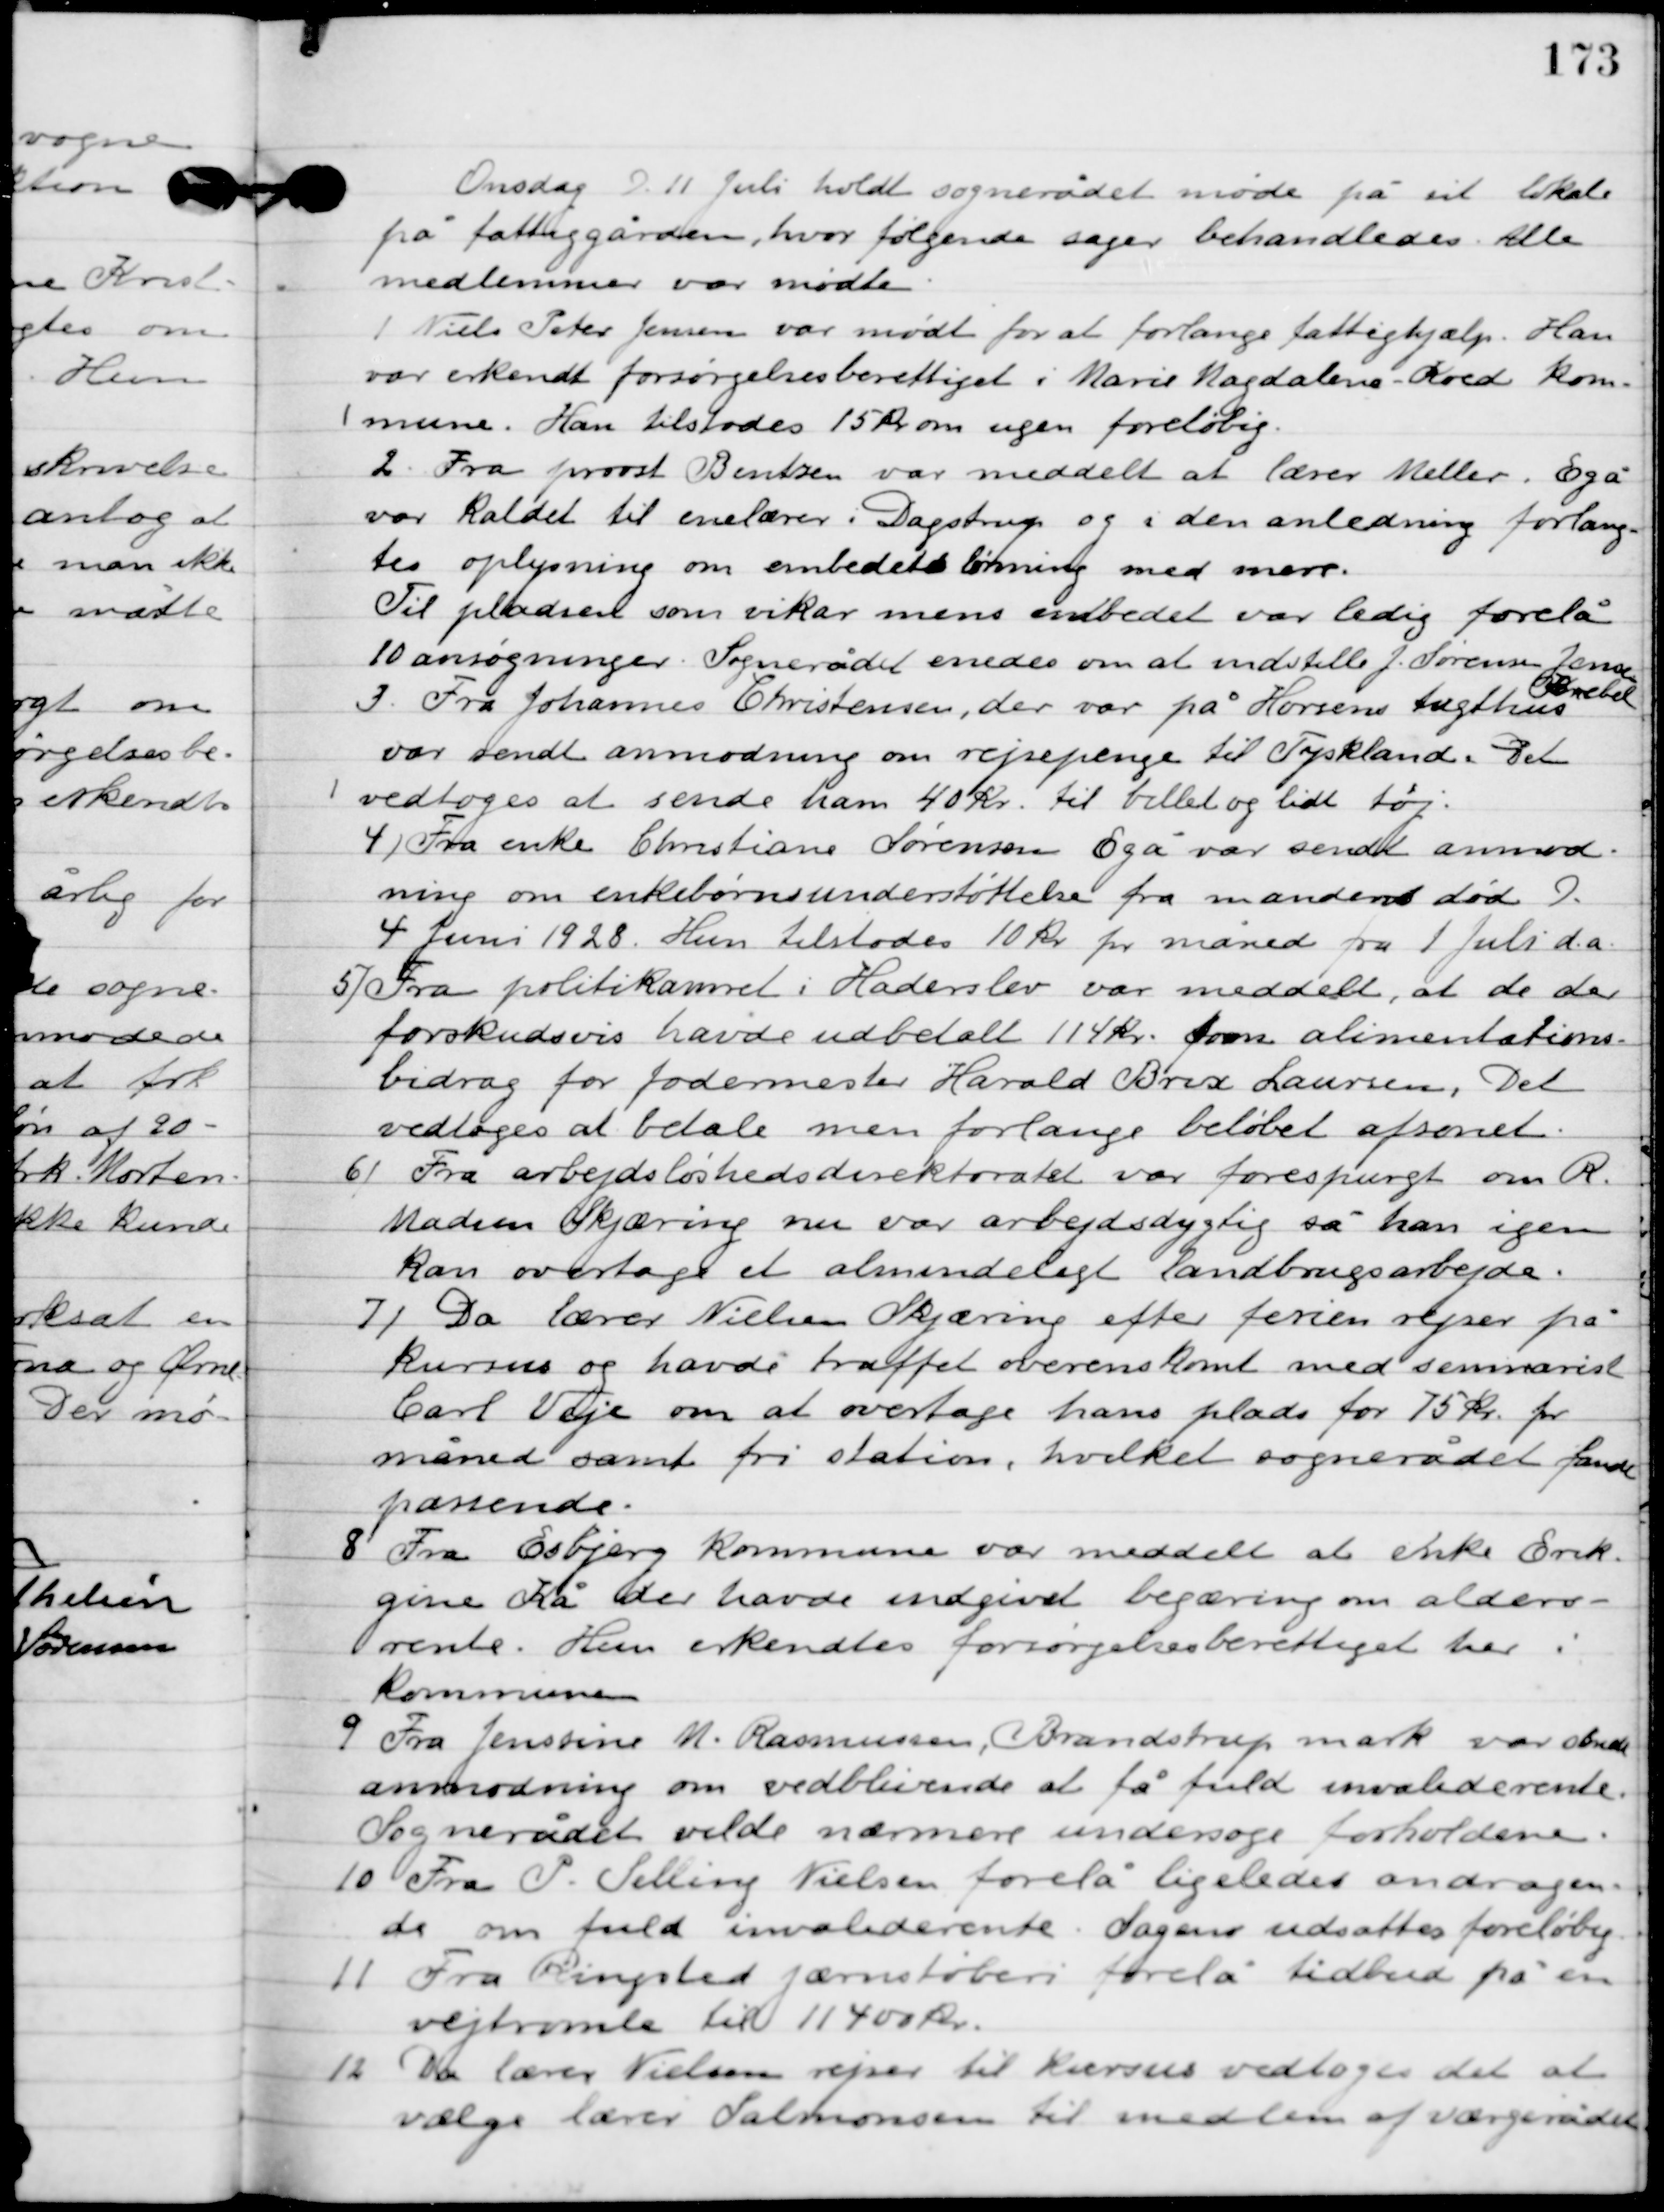
Transskription:
Onsdag D. 11. juli holdt sognerådet møde på sit lokale
på fattiggården, hvor følgende sager behandledes. Alle
medlemmer var mødte.

1

Niels Peter Jensen var mødt for at forlange fattighjælp. Han
var erkendt forsørgelsesberettiget i Marie Magdalene Koed kom-
mune. Han tilstodes 15 kr. om ugen foreløbig.

2

Fra provst Bentzen var meddelt at lærer Meller, Egå
var kaldet til enelærer i Dagstrup og i den anledning forlang-
tes oplysninger om embedslønning med mere.
Til pladsen som vikar mens embedet var ledig forelå
10 ansøgninger. Sognerådet enedes om at indstille J. Sørensen, Jensen
 Bertel.

3

Fra Johannes Christensen, der var på Horsens tugthus
var sendt anmodning om rejsepenge til Tyskland. Det
vedtoges at sende ham 40 kr. til billet og lidt tøj.

4

Fra enke Christiane Sørensen Egå var sendt anmod-
ning om enkebørne understøttelse fra mandens død D.
4 Juni 1928. hun tilstodes 10 kr. pr. måned fra 1. juli d.a.

5

Fra politikammeret i Haderslev var meddelt, at de der
forskudsvis havde udbetalt 114 kr. som alimentations-
bidrag for fodermester Harald Brix Laursen. Det
vedtoges at betale men forlange beløbet afsonet.

6

Fra arbejdsløshedsdirektoratet var forespurgt om R.
Madsen Skjæring nu var arbejdsdygtig så han igen
kan overtage et almindeligt landbrugsarbejde.

7

Da lærer Nielsen Skjæring efter ferien rejser på
kursus og havde truffet overenskomst med seminariet
Carl Veje om at overtage hans plads for 75 kr. pr.
måned samt fri station, hvilket sognerådet fandt
passende.

8

Fra Esbjerg kommune var meddelt at enke Erik-
gine Kå der havde indgivet begæring om alders-
rente. Hun erkendtes forsørgelsesberettiget her i
kommunen.

9

Fra Jensine M. Rasmussen, Brandstrup mark var sendt
anmodning om vedblivende at få fuld invaliderente.
Sognerådet vilde nærmere undersøge forholdene.

10

Fra P. Selling Nielsen forelå ligeledes andragen-
de om fuld invaliderente. Sagen udsattes foreløbig.

11

Fra Ringsted Jærnstøberi forelå tilbud på en
vejtromle til 11400 kr.

12

Da lærer Nielsen rejser til kursus vedtoges det at
vælge lærer Salmonsen til medlem af værgerådet.